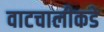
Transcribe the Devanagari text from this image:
वाटचालीकडे